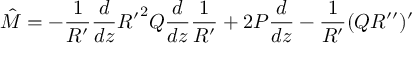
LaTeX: { \hat { M } } = - \frac { 1 } { R ^ { \prime } } \frac { d } { d z } { R ^ { \prime } } ^ { 2 } Q \frac { d } { d z } \frac { 1 } { R ^ { \prime } } + 2 P \frac { d } { d z } - \frac { 1 } { R ^ { \prime } } ( Q R ^ { \prime \prime } ) ^ { \prime }